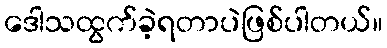
ဒေါသထွက်ခဲ့ရတာပဲဖြစ်ပါတယ်။